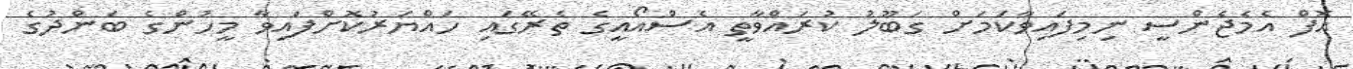
އޮފް އެމެޖެންސީ ނިމިފައިވާކަމަށް ގަބޫލު ކުރައްވާތީ އެސްއޯއީގެ ތެރޭގައި ހައްޔަރުކޮށްފައިވާ މީހުންގެ ބަންދުގެ